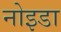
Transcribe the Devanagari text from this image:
नोइडा